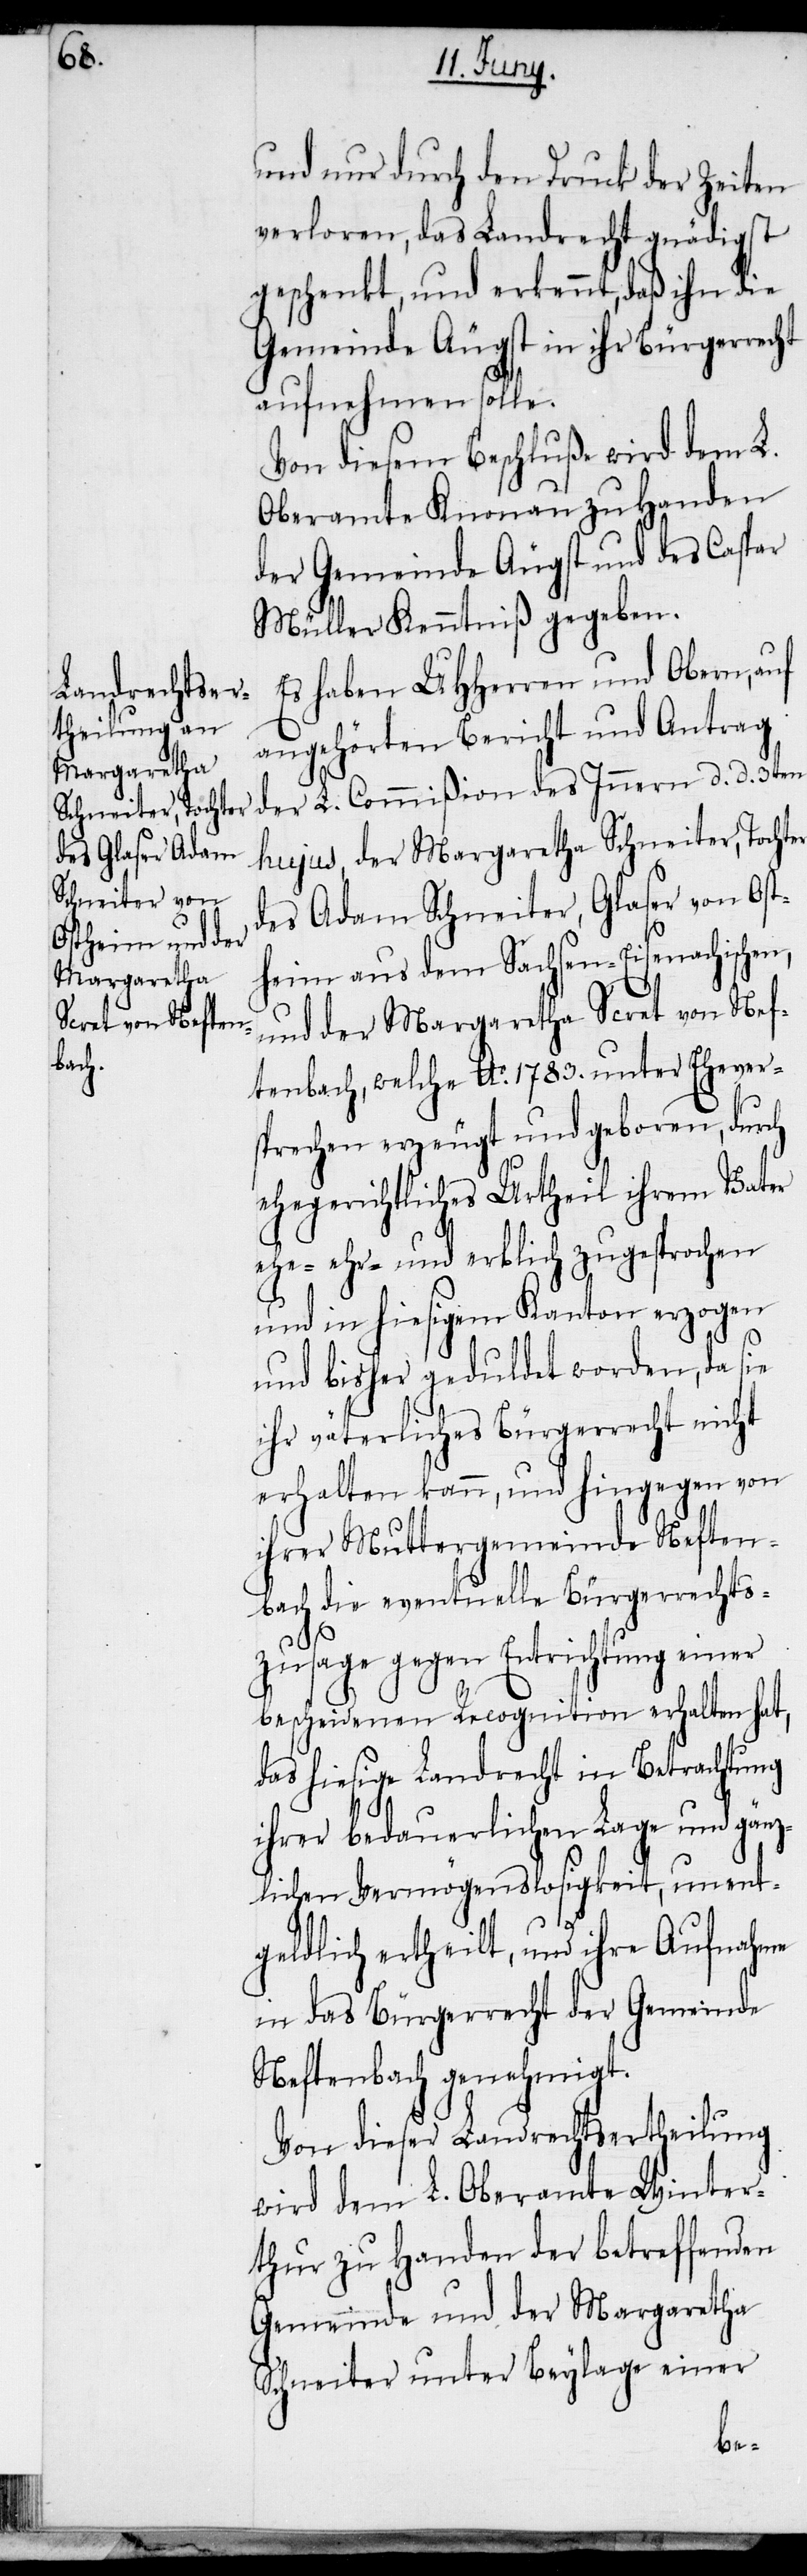
und nur durch den Druck der Zeiten
verloren, das Landrecht gnädigst
geschenkt, und erkennt, daß ihn die
Gemeinde Äugst in ihr Bürgerrecht
aufnehmen solle.
Von diesem Beschluße wird dem L.
Oberamte Knonau zu Handen
der Gemeinde Äugst und des Caspar
Müller Kenntniß gegeben.
Es haben UHHerren und Obern, auf
angehörten Bericht und Antrag
der L. Commißion des Innern d. d. 3ten
hujus, der Margaretha Schneiter, Tochter
des Adam Schneiter, Glaser von Ost¬
heim aus dem Sachsen-Eisenachischen,
und der Margaretha Scret von Nef¬
tenbach, welche Ao. 1783. unter Ehever¬
sprechen erzeugt und geboren, durch
ehegerichtliches Urtheil ihrem Vater
ehe- ehr- und erblich zugesprochen
und in hiesigem Kanton erzogen
und bisher geduldet worden, da sie
ihr väterliches Bürgerrecht nicht
erhalten kann, und hingegen von
ihrer Muttergemeinde Neften¬
bach die eventuelle Bürgerrechts¬
zusage gegen Entrichtung einer
bescheidenen Recognition erhalten hat,
das hiesige Landrecht in Betrachtung
ihrer bedauerlichen Lage und gänz¬
lichen Vermögenslosigkeit, unent¬
geldlich ertheilt, und ihre Aufnahme
in das Bürgerrecht der Gemeinde
Neftenbach genehmigt.
Von dieser Landrechtsertheilung
wird dem L. Oberamte Winter¬
thur zu Handen der betreffenden
Gemeinde und der Margaretha
Schneiter unter Beylage einer